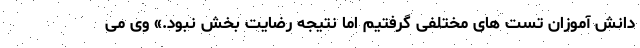
دانش آموزان تست های مختلفی گرفتیم اما نتیجه رضایت بخش نبود.» وی می